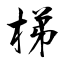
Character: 梯